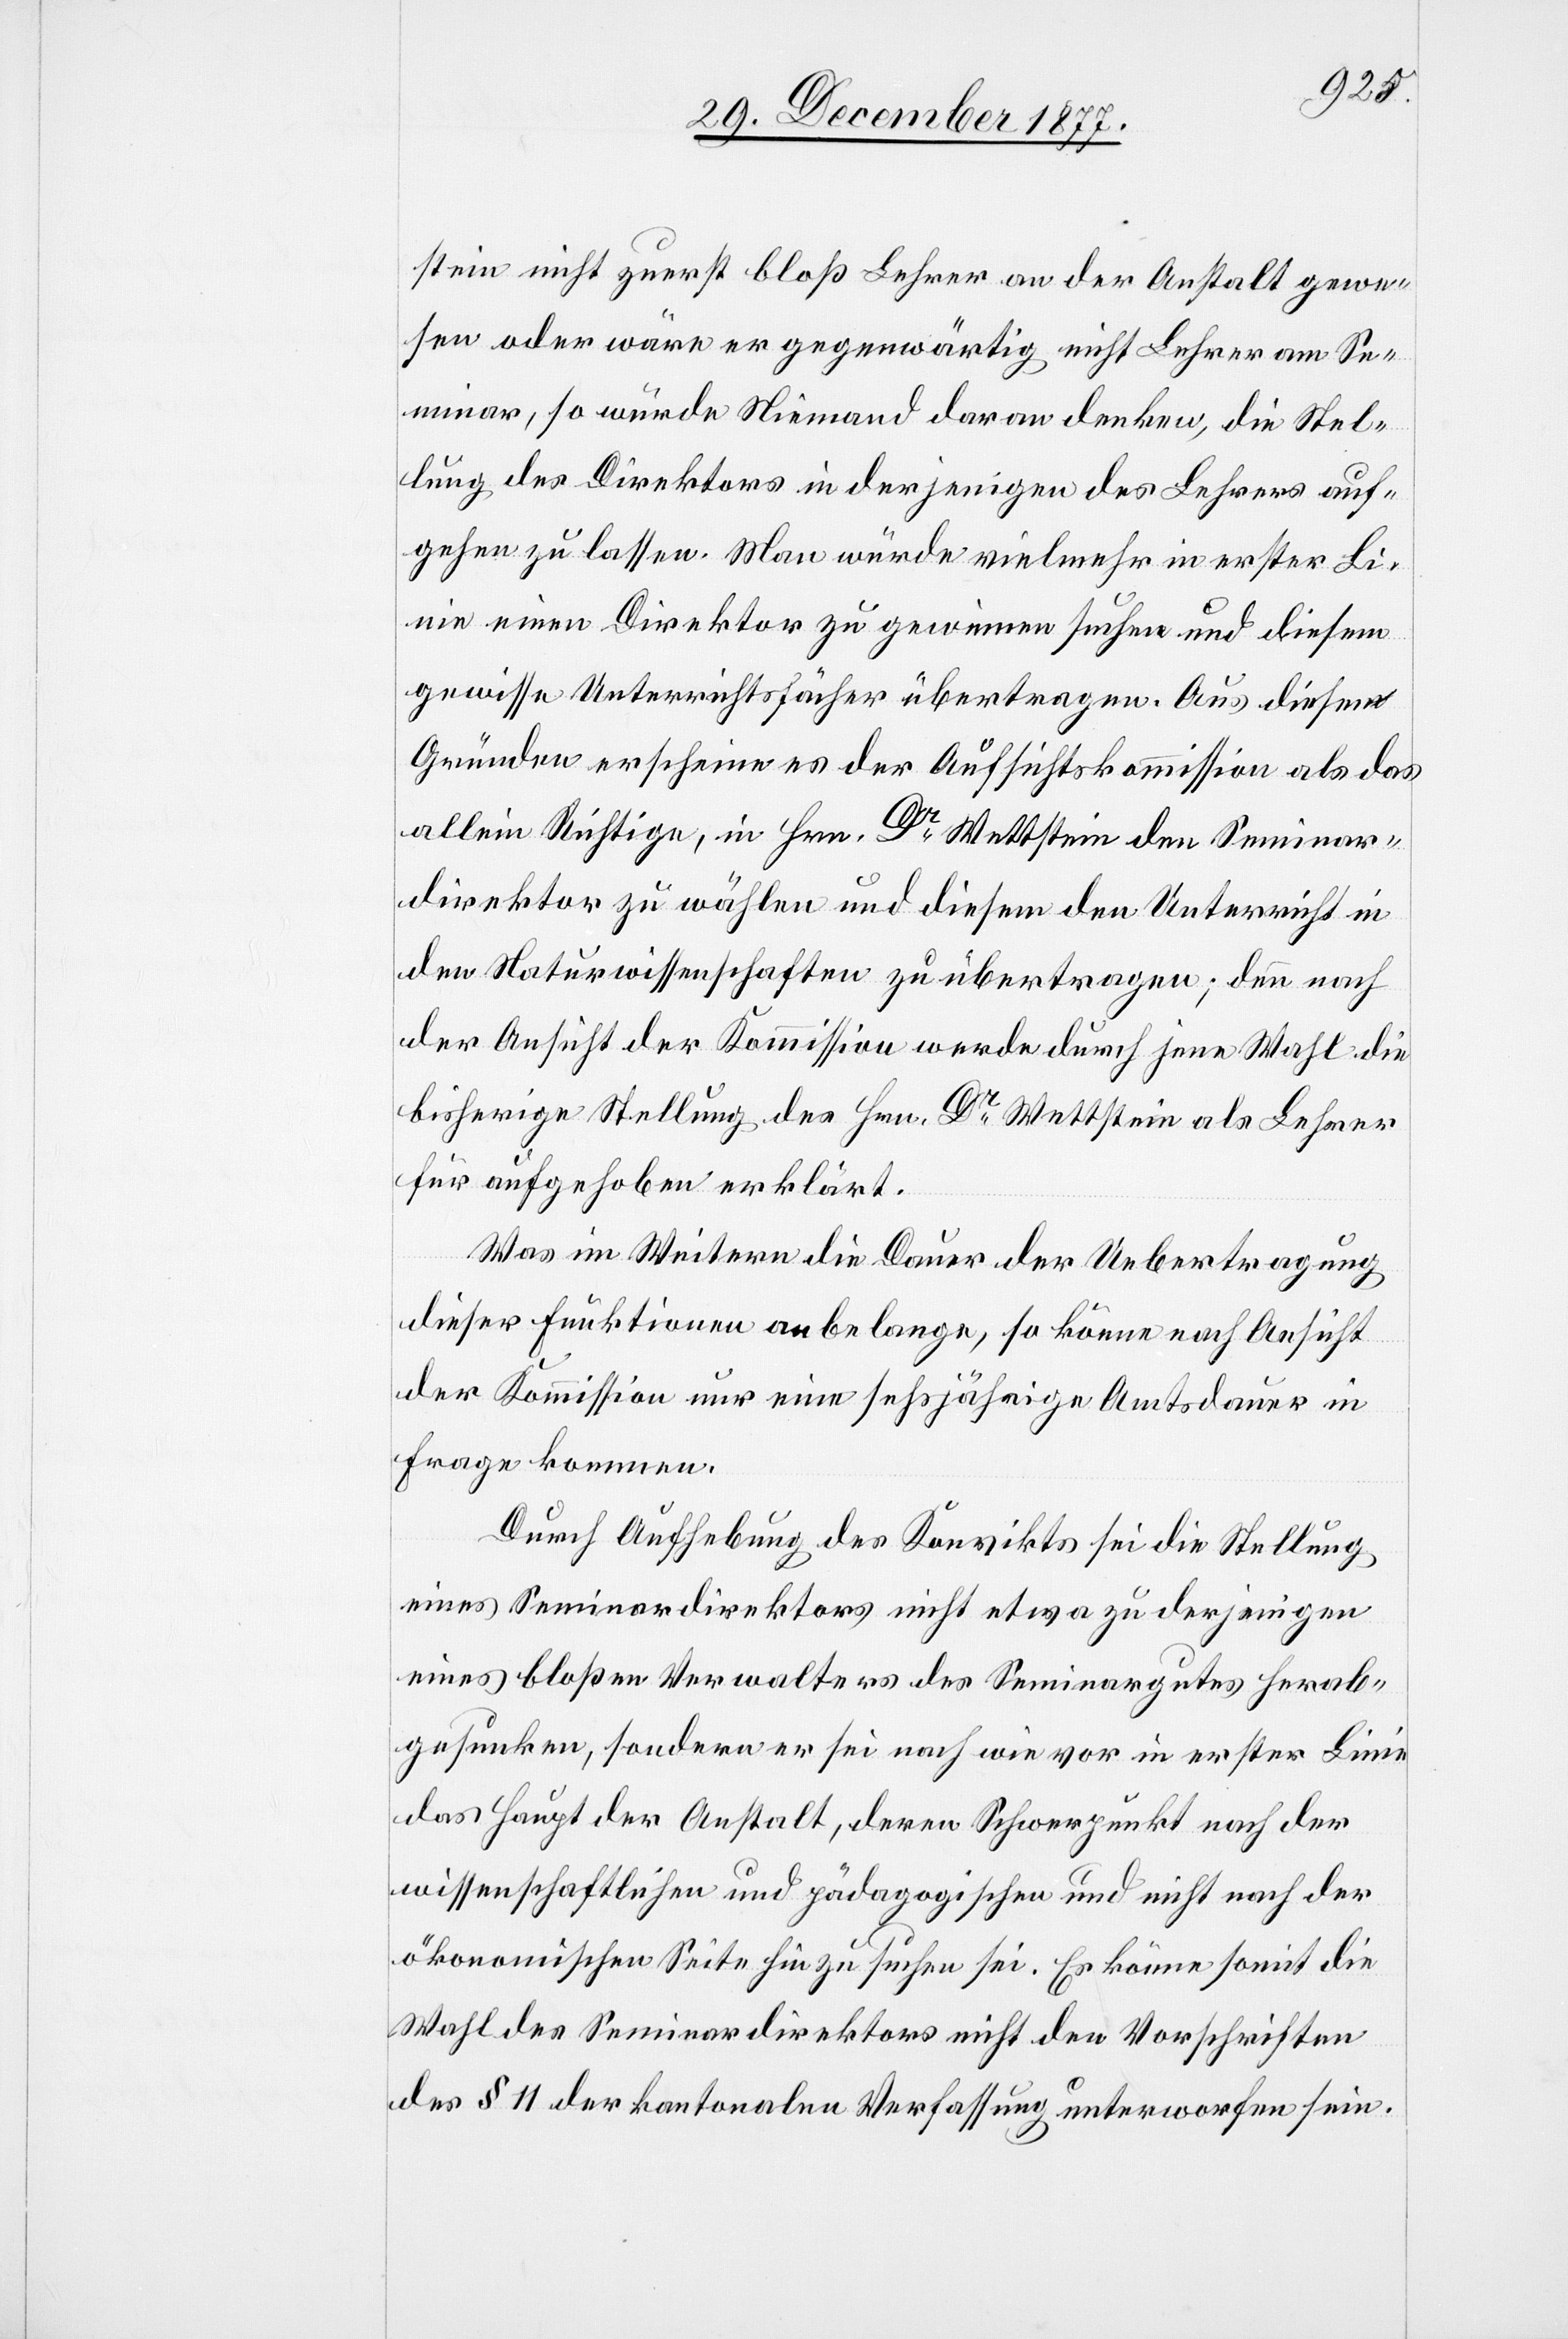
stein nicht zuerst bloß Lehrer an der Anstalt gewe¬
sen oder wäre er gegenwärtig nicht Lehrer am Se¬
minar, so würde Niemand daran denken, die Stel¬
lung des Direktors in derjenigen des Lehrers auf¬
gehen zu lassen. Man würde vielmehr in erster Li¬
nie einen Direktor zu gewinnen suchen und diesem
gewisse Unterrichtsfächer übertragen. Aus diesen
Gründen erscheine es der Aufsichtskommission als das
allein Richtige, in Hrn. Dr Wettstein den Seminar¬
direktor zu wählen und diesem den Unterricht in
den Naturwissenschaften zu übertragen; denn nach
der Ansicht der Kommission werde durch jene Wahl die
bisherige Stellung des Hrn. Dr Wettstein als Lehrer
für aufgehoben erklärt.
Was im Weitern die Dauer der Uebertragung
dieser Funktionen anbelange, so könne nach Ansicht
der Kommission nur eine se[c]hsjährige Amtsdauer in
Frage kommen.
Durch Aufhebung des Konvikts sei die Stellung
eines Seminardirektors nicht etwa zu derjenigen
eines bloßen Verwalters des Seminargutes herab¬
gesunken, sondern er sei nach wie vor in erster Linie
das Haupt der Anstalt, deren Schwerpunkt nach der
wissenschaftlichen und pädagogischen und nicht nach der
ökonomischen Seite hin zu suchen sei. Es könne somit die
Wahl des Seminardirektors nicht den Vorschriften
des § 11 der kantonalen Verfassung unterworfen sein.